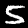
Digit: 5